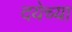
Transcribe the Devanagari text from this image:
दयेच्या